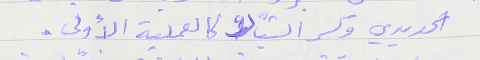
الحديدي وكسر الشبَّاك كالعملية الأولى.